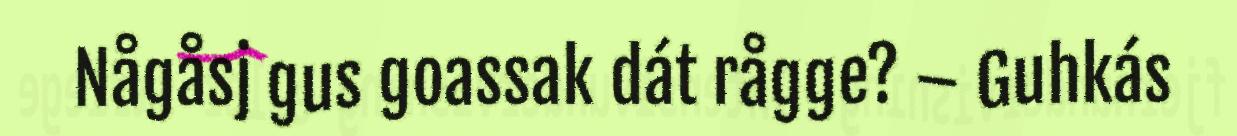
Någåsj gus goassak dát rågge? – Guhkás